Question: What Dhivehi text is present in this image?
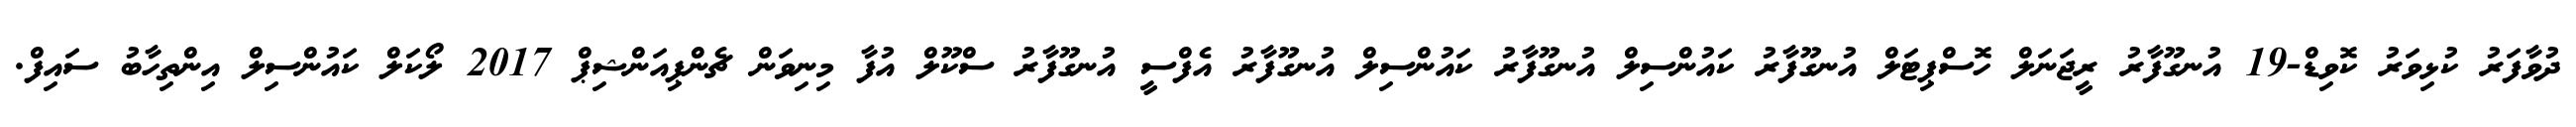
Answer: ދުވާފަރު ކުޅިވަރު ކޮވިޑް-19 އުނގޫފާރު ރީޖަނަލް ހޮސްޕިޓަލް އުނގޫފާރު ކައުންސިލް އުނގޫފާރު ކައުންސިލް އުނގޫފާރު އެފްސީ އުނގޫފާރު ސްކޫލް އުފާ މިނިވަން ޗެންޕިއަންޝިޕް 2017 ލޯކަލް ކައުންސިލް އިންތިހާބު ސައިފް.